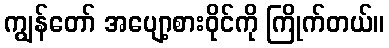
ကျွန်တော် အပျော့စားဝိုင်ကို ကြိုက်တယ်။